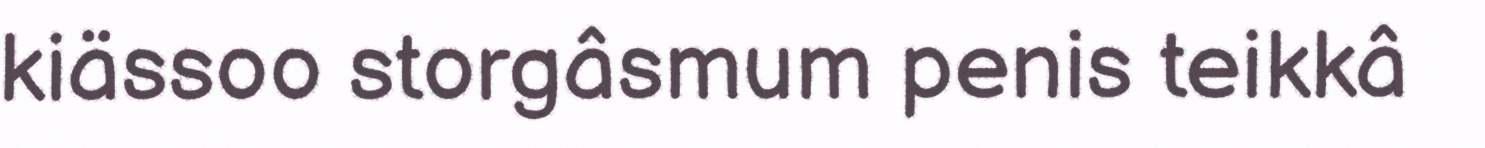
kiässoo storgâsmum penis teikkâ